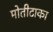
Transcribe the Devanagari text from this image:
मोतीटाका